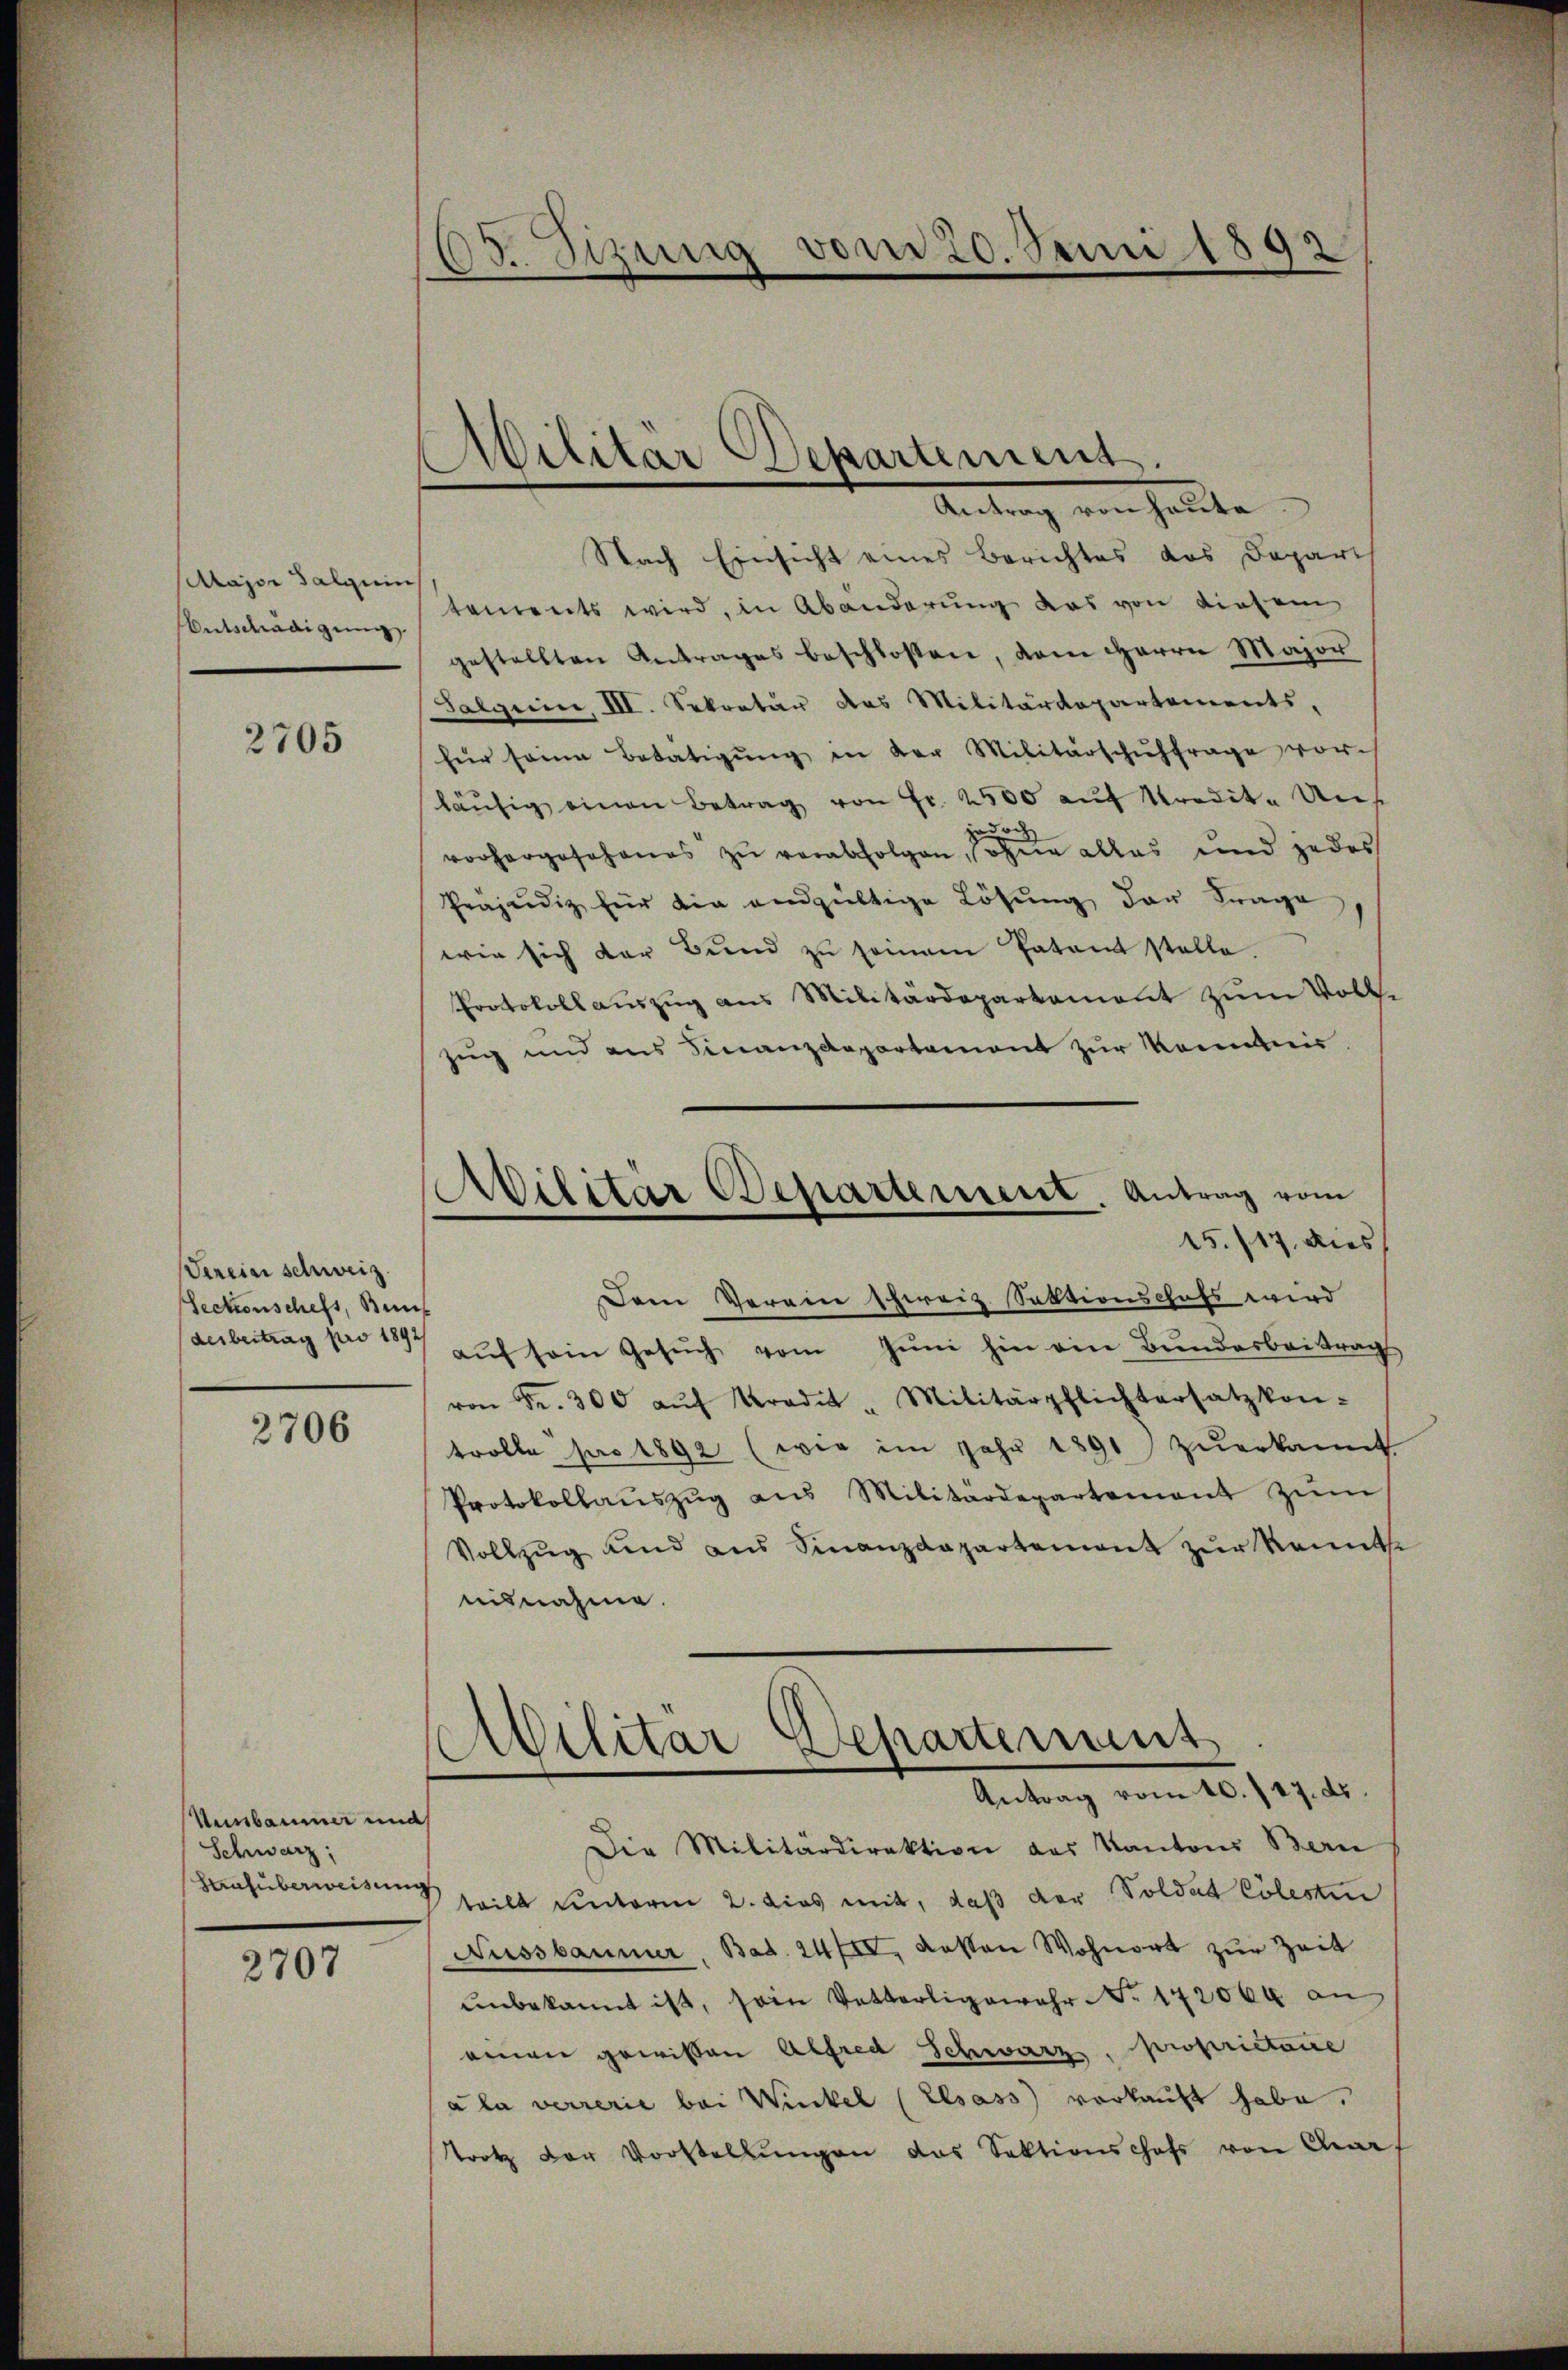
Major Salzein
Entschädigung

2705

Serein schweiz.
Sectionschefs, Bun
derbeitrag pro 1892/

2706

Uunbaumer und
Schwarz,
Hafüberweisung

2707

E
2.Sizung vom 20. Juni 1892

Militär Departement.

Antrag von hellte
Nach Einsicht eines Berichtes das Depart
tements wird, in Abänderung das von diesem
gestellten Antrages beschlossen, dem Herrn Major
Salgerin, III. Sekretär das Militärdepartements,
für seine Betätigŭng in der Militärschuhfrage vor
läŭfig einen Betrag von Fr. 2500 aŭf Kredit. Uns
od
vorhergesehenes zŭ verabfolgen, sohne alles und jedes
Präjudiz für die andgültige Lösung der Frage
wie sich der Bund zu seinem Patant stelle.
Protokollauszug aus Militärdepartement zum Volke
Zug und aus Finanzdepartement zur Kenntnis
15./17. dies
Dem Verein schweiz. Sektionschaft wird
aŭf sein Gesŭch vom Jŭni hin ein Bundesbeitrag
von Fr. 300 aŭf Krade - Militärpflichtersatzkon-
trolle pro 1892 (wie im Jahr 1891 zuerkannt
Protokollaŭszŭg aŭs Militärdepartement zŭm
Vollzug und aus Finanzdepartement zur Kennt
aisnahme.
Antrag vom 10. 27. ds.
Die Militärdirektion des Kantons Bern
teilt unterm 2. dies mit, daß der Soldat Cölesten
Aussbaumer, Bad. 247IV, dassen Wohnort zur Zeit
unbekannt ist, sein Vetterligewehr No. 172000 an
einen gewissen Alfred Schwarz, proprietaire
ala verrerie bei Winkel (Elsass vorkauft habe.
trotz der Vorstellŭngen das Sektionschaft von An

Ailitär Departement. Antrag vom

Militar Departement